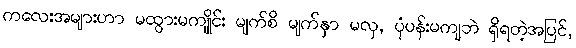
ကလေးအများဟာ မထွားမကျိုင်း မျက်စိ မျက်နှာ မလှ, ပုံပန်းမကျဘဲ ရှိရတဲ့အပြင်,